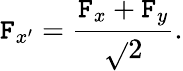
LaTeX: \mathtt{F}_{x^{\prime}}=\frac{{\mathtt{F}_{x}+\mathtt{F}_{y}}}{{\sqrt{}{{2}}}}.